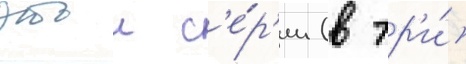
этои с'е́р'ии (в тр'и́